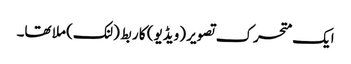
ایک متحرک تصویر (ویڈیو) کا ربط (لنک) ملا تھا۔